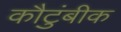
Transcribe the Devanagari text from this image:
कौटुंबीक